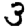
Digit: 3